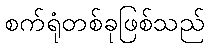
စက်ရုံတစ်ခုဖြစ်သည်